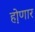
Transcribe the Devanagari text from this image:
हो़णार